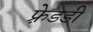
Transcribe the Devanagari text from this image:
फ़्रेडडी